Report on vaccination in the Province of Bengal - 1869-1873
Year: 1869
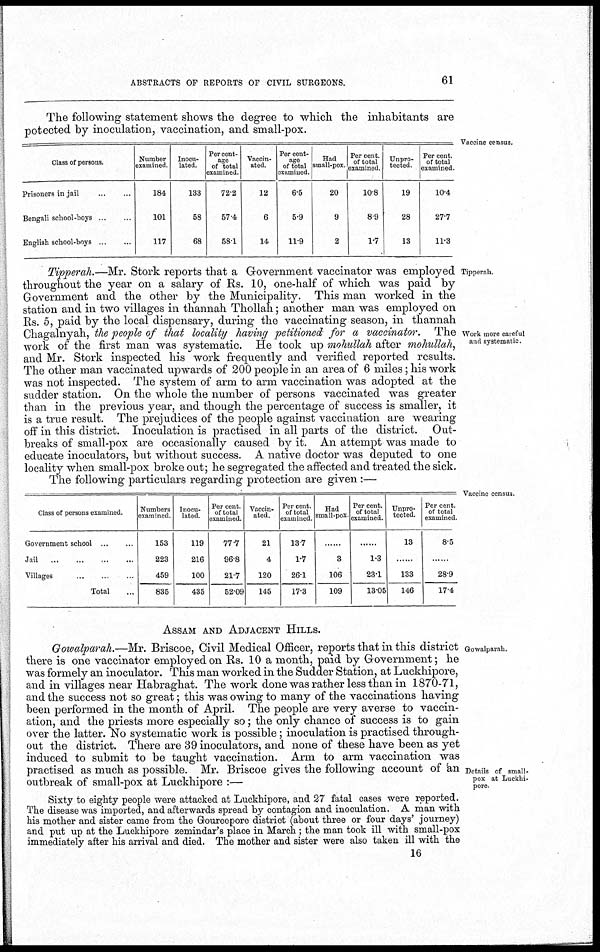
ABSTRACTS OF REPORTS OF CIVIL SURGEONS.
61
The following statement shows the degree to which the inhabitants are
potected by inoculation, vaccination, and small-pox.
Vaccine census.
Class of persons.
Prisoners in jail
...
...
Bengali school-boys
...
...
English school-boys
...
...
Number
examined.
184
101
117
Inocu¬
lated.
133
58
68
Percent-
age
of total
examined
72.2
57.4
58.1
Vaccin-
ated.
12
6
14
Per cent¬
age
of total
examined.
6.5
5.9
11.9
Had
small-pox.
20
9
2
Per cent.
of total
examined.
10.8
8.9
1.7
Unpro-
tected.
19
28
13
Per cent.
of total
examined
10.4
27.7
11.3
Tipperah.
Work more careful
and systematic.
Tipperah.—Mr. Stork reports that a Government vaccinator was employed
throughout the year on a salary of Rs. 10, one-half of which was paid by
Government and the other by the Municipality. This man worked in the
station and in two villages in thannah Thollah; another man was employed on
Rs. 5, paid by the local dispensary, during the vaccinating season, in thannah
Chagalnyah, the people of that locality having petitioned for a vaccinator. The
work of the first man was systematic. He took up mohullah after mohullah,
and Mr. Stork inspected his work frequently and verified reported results.
The other man vaccinated upwards of 200 people in an area of 6 miles; his work
was not inspected. The system of arm to arm vaccination was adopted at the
sudder station. On the whole the number of persons vaccinated was greater
than in the previous year, and though the percentage of success is smaller, it
is a true result. The prejudices of the people against vaccination are wearing
off in this district. Inoculation is practised in all parts of the district. Out-
breaks of small-pox are occasionally caused by it. An attempt was made to
educate inoculators, but without success. A native doctor was deputed to one
locality when small-pox broke out; he segregated the affected and treated the sick.
The following particulars regarding protection are given :—
Vaccine census.
Class of persons examined.
Government school
...
...
Jail
...
...
...
...
Villages
...
...
...
...
Total ...
Numbers
examined
153
223
459
835
Inocu-
lated.
119
216
100
435
Per cent.
of total
examined
77.7
96.8
21.7
52.09
Vaccin-
ated.
21
4
120
145
Per cent
of total
examined.
13.7
1.7
26.1
17.3
Had
small-pox.
......
3
106
109
Per cent.
of total
examined.
......
1.3
23.1
13.05
Unpro-
tected.
13
......
133
146
Per cent
or total
examined.
8.5
.........
28.9
17.4
ASSAM AND ADJACENT HILLS.
Gowalparah.
Details of small-
pox at Luckhi¬
pore
Gowalparah.—Mr. Briscoe, Civil Medical Officer, reports that in this district
there is one vaccinator employed on Rs. 10 a month, paid by Government; he
was formely an inoculator. This man worked in the Sudder Station, at Luckhipore,
and in villages near Habraghat. The work done was rather less than in 1870-71,
and the success not so great; this was owing to many of the vaccinations having
been performed in the month of April. The people are very averse to vaccin-
ation, and the priests more especially so; the only chance of success is to gain
over the latter. No systematic work is possible; inoculation is practised through-
out the district. There are 39 inoculators, and none of these have been as yet
induced to submit to be taught vaccination. Arm to arm vaccination was
practised as much as possible. Mr. Briscoe gives the following account of an
outbreak of small-pox at Luckhipore :—
Sixty to eighty people were attacked at Luckhipore, and 27 fatal cases were reported.
The disease was imported, and afterwards spread by contagion and inoculation. A man with
his mother and sister came from the Goureepore district (about three or four days' journey)
and put up at the Luckhipore zemindar's place in March ; the man took ill with small-pox
immediately after his arrival and died. The mother and sister were also taken ill with the
16